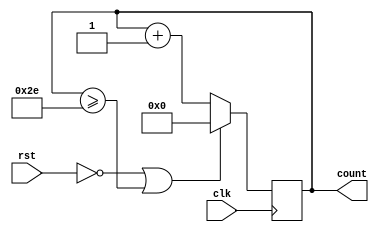
/*** Modulus counter ***/
module counter_mod47_up (count, clk, rst);
    input clk, rst;
    output [7:0]count;
    reg [7:0]count_temp;

    always@(posedge clk)
        if(!rst | count_temp >= 8'd46) // self correction
            count_temp <= 8'd0;
        else
            count_temp <= count_temp + 1;

    assign count = count_temp;
endmodule